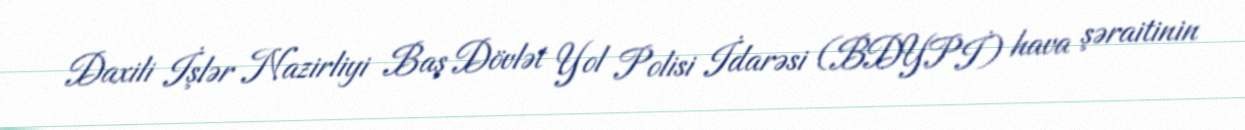
Daxili İşlər Nazirliyi Baş Dövlət Yol Polisi İdarəsi (BDYPİ) hava şəraitinin